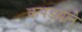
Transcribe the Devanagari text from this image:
कपडयाने